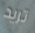
تريد